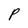
Character: P